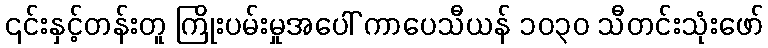
၎င်းနှင့်တန်းတူ ကြိုးပမ်းမှုအပေါ် ကာပေသီယန် ၁၀၃၀ သီတင်းသုံးဖော်